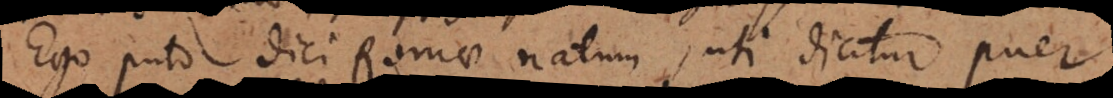
Ego puto dici Romae natum, uti dicitur puer